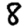
Digit: 8